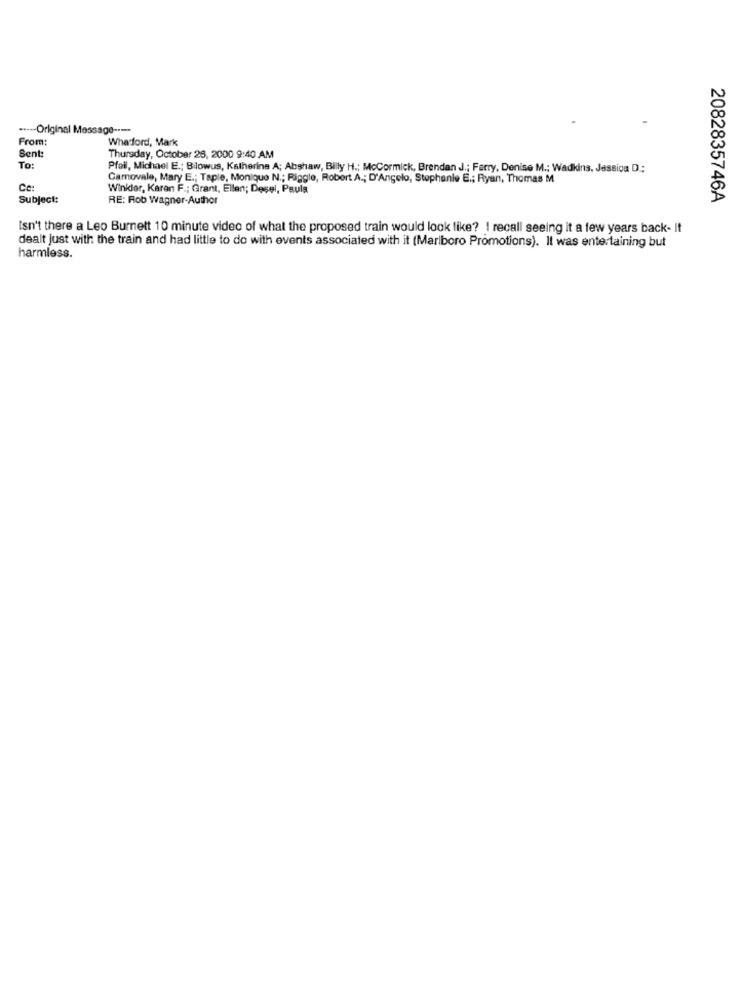
..--- Original Message ----
From:
Whatford, Mark
Sent:
Thursday, October 26, 2000 9:40 AM
To:
Pfeil, Michael E .; Bilowus, Katherine A; Abshaw, Billy H .; McCormick, Brendan J .; Ferry, Denise M .; Wadkins. Jessica D .:
Camovale, Mary E .; Taple, Monique N .; Riggle, Robert A .; D'Angelo, Stephanie E .; Ryan, Thomas M
Ce:
Winkler, Karan F .; Grant, Ellen; Desel, Paula
Subject:
RE: Rob Wagner-Author
2082835746A
Isn't there a Leo Burnett 10 minute video of what the proposed train would look like? ! recall seeing it a few years back- It
dealt just with the train and had little to do with events associated with it (Marlboro Promotions). It was entertaining but
harmless.